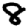
Digit: 8